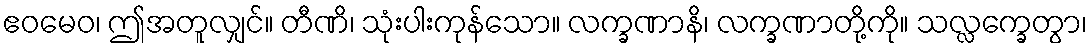
ဧဝမေဝ၊ ဤအတူလျှင်။ တီဏိ၊ သုံးပါးကုန်သော။ လက္ခဏာနိ၊ လက္ခဏာတို့ကို။ သလ္လက္ခေတွာ၊